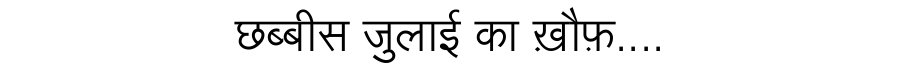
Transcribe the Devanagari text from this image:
छब्बीस जुलाई का ख़ौफ़....